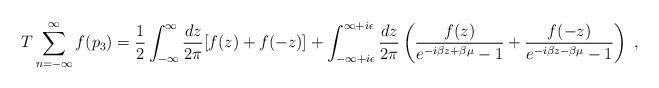
LaTeX: \begin{align*}T\sum^{\infty}_{n=-\infty}f(p_3)=\frac{1}{2}\int_{-\infty}^\infty \frac{dz}{2\pi}[f(z)+f(-z)]+\int_{-\infty+i\epsilon}^{\infty+i\epsilon}\frac{dz}{2\pi}\left(\frac{f(z)}{e^{-i\beta z+\beta\mu}-1}+\frac{f(-z)}{e^{-i\beta z-\beta\mu}-1}\right)\;,\end{align*}